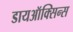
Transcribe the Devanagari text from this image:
डायऑक्सिन्स